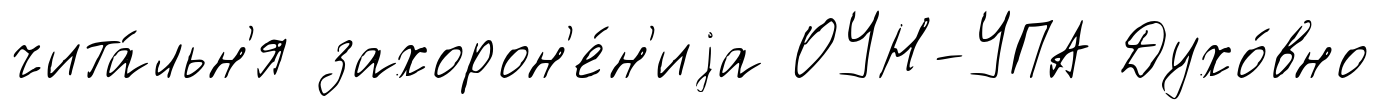
чита́льн'я захорон'е́н'иjа ОУН-УПА Духо́вно